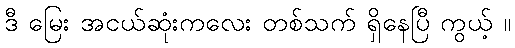
ဒီ မြေး အငယ်ဆုံးကလေး တစ်သက် ရှိနေပြီ ကွယ့် ။